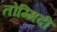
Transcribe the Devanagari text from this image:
तोम्मिदी